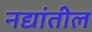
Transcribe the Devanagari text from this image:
नद्यांतील